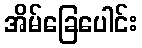
အိမ်ခြေပေါင်း